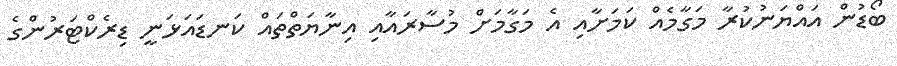
ބޯޑުން އައްޔަނުކުރާ މަގާމެއް ކަމަށާއި އެ މަގާމަށް މުސާރައާއި އިނާޔަތްތައް ކަނޑައަޅަނީ ޑިރެކްޓަރުންގެ